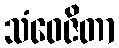
သံဝေဇိတာ